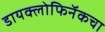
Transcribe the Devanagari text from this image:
डायक्लोफिनॅकचा